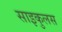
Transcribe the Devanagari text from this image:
साइकुलस